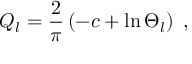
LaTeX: Q _ { l } = \frac { 2 } { \pi } \left( - c + \ln \Theta _ { l } \right) \; ,